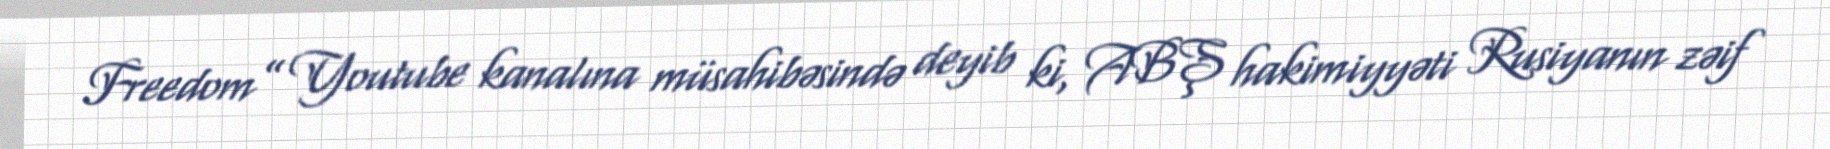
Freedom” Youtube kanalına müsahibəsində deyib ki, ABŞ hakimiyyəti Rusiyanın zəif